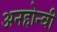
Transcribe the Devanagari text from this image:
अनहोन्‍वी